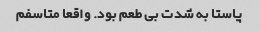
پاستا به شدت بی طعم بود. واقعا متاسفم